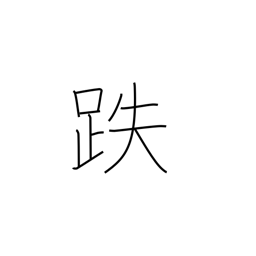
Meaning: stumble